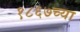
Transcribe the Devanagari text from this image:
१८६७च्या